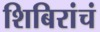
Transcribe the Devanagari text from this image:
शिबिरांचं